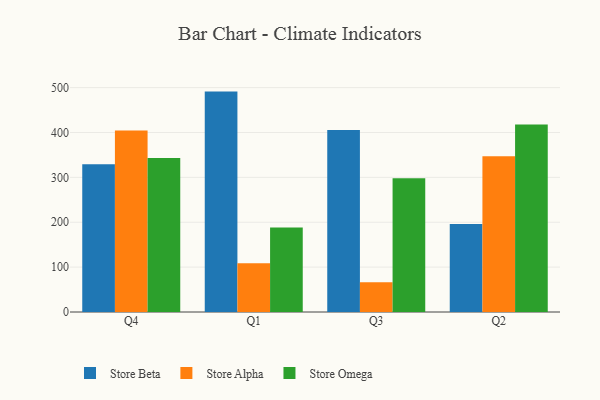
{"axis": {"x": "Quarter", "y": "Population (Million)"}, "legend": ["Store Alpha", "Store Beta", "Store Omega"], "data": [{"x": "Q4", "y": 329.0, "type": "Store Beta"}, {"x": "Q4", "y": 404.3, "type": "Store Alpha"}, {"x": "Q4", "y": 343.0, "type": "Store Omega"}, {"x": "Q1", "y": 491.1, "type": "Store Beta"}, {"x": "Q1", "y": 108.9, "type": "Store Alpha"}, {"x": "Q1", "y": 188.3, "type": "Store Omega"}, {"x": "Q3", "y": 405.8, "type": "Store Beta"}, {"x": "Q3", "y": 66.5, "type": "Store Alpha"}, {"x": "Q3", "y": 298.0, "type": "Store Omega"}, {"x": "Q2", "y": 195.9, "type": "Store Beta"}, {"x": "Q2", "y": 347.0, "type": "Store Alpha"}, {"x": "Q2", "y": 417.6, "type": "Store Omega"}]}